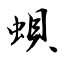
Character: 蛽